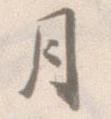
月